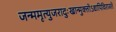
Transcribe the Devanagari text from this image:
जन्ममृत्युजरादुःखान्मुक्‍तोऽद्यापिविराजते